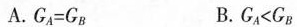
A. $$G_{A}=G_{B}$$ B. G_{A}<G_{B}